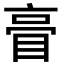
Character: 𥆕